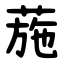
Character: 葹